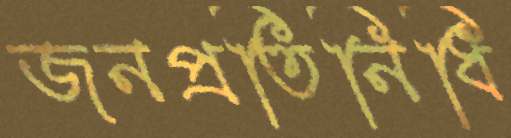
জনপ্রতিনিধি